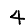
Digit: 4